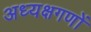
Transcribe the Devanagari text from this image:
अध्यक्षगणों